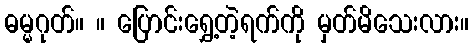
ဓမ္မဂုတ်။ ။ ပြောင်းရွှေ့တဲ့ရက်ကို မှတ်မိသေးလား။